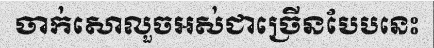
ចាក់សោលួចអស់ជាច្រើនបែបនេះ